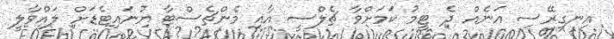
އިނގިރޭސި އަނެއް ދެ ޓީމު ކަމަށްވާ ޗެލްސީ އާއި މެންޗެސްޓާ ޔުނައިޓެޑަށް ލައްވާލީ